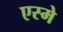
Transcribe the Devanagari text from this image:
एस्मे